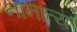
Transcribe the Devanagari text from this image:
नानात्य